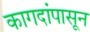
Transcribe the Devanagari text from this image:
कागदांपासून